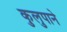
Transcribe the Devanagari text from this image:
कुलुपाने